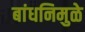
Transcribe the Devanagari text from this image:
बांधनिमुळे